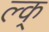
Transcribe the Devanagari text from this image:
ल्क्